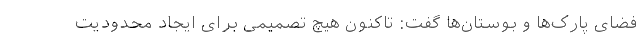
فضای پارک‌ها و بوستان‌ها گفت: تاکنون هیچ تصمیمی برای ایجاد محدودیت